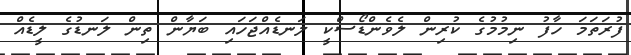
ފުރަތަމަ ހާފު ނިމުމުގެ ކުރިން ލެވެންޑޯސްކީ ލަނޑެއްޖަހައި ބަޔާން ތިން ލަނޑުގެ ލީޑެއް